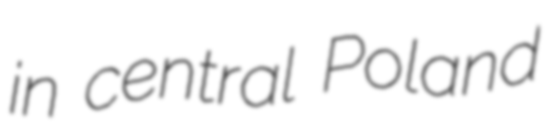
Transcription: in central Poland